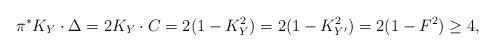
LaTeX: \begin{align*}\pi^{\ast}K_Y \cdot \Delta = 2K_Y \cdot C=2(1-K_Y^2)=2(1-K_{Y^{\prime}}^2)=2(1-F^2)\geq 4,\end{align*}